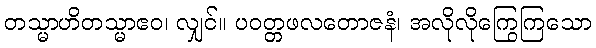
တသ္မာဟိတသ္မာဧဝ၊ လျှင်။ ပဝတ္တဖလတောဇနံ၊ အလိုလိုကြွေကြသော